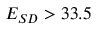
E _ { S D } > 3 3 . 5